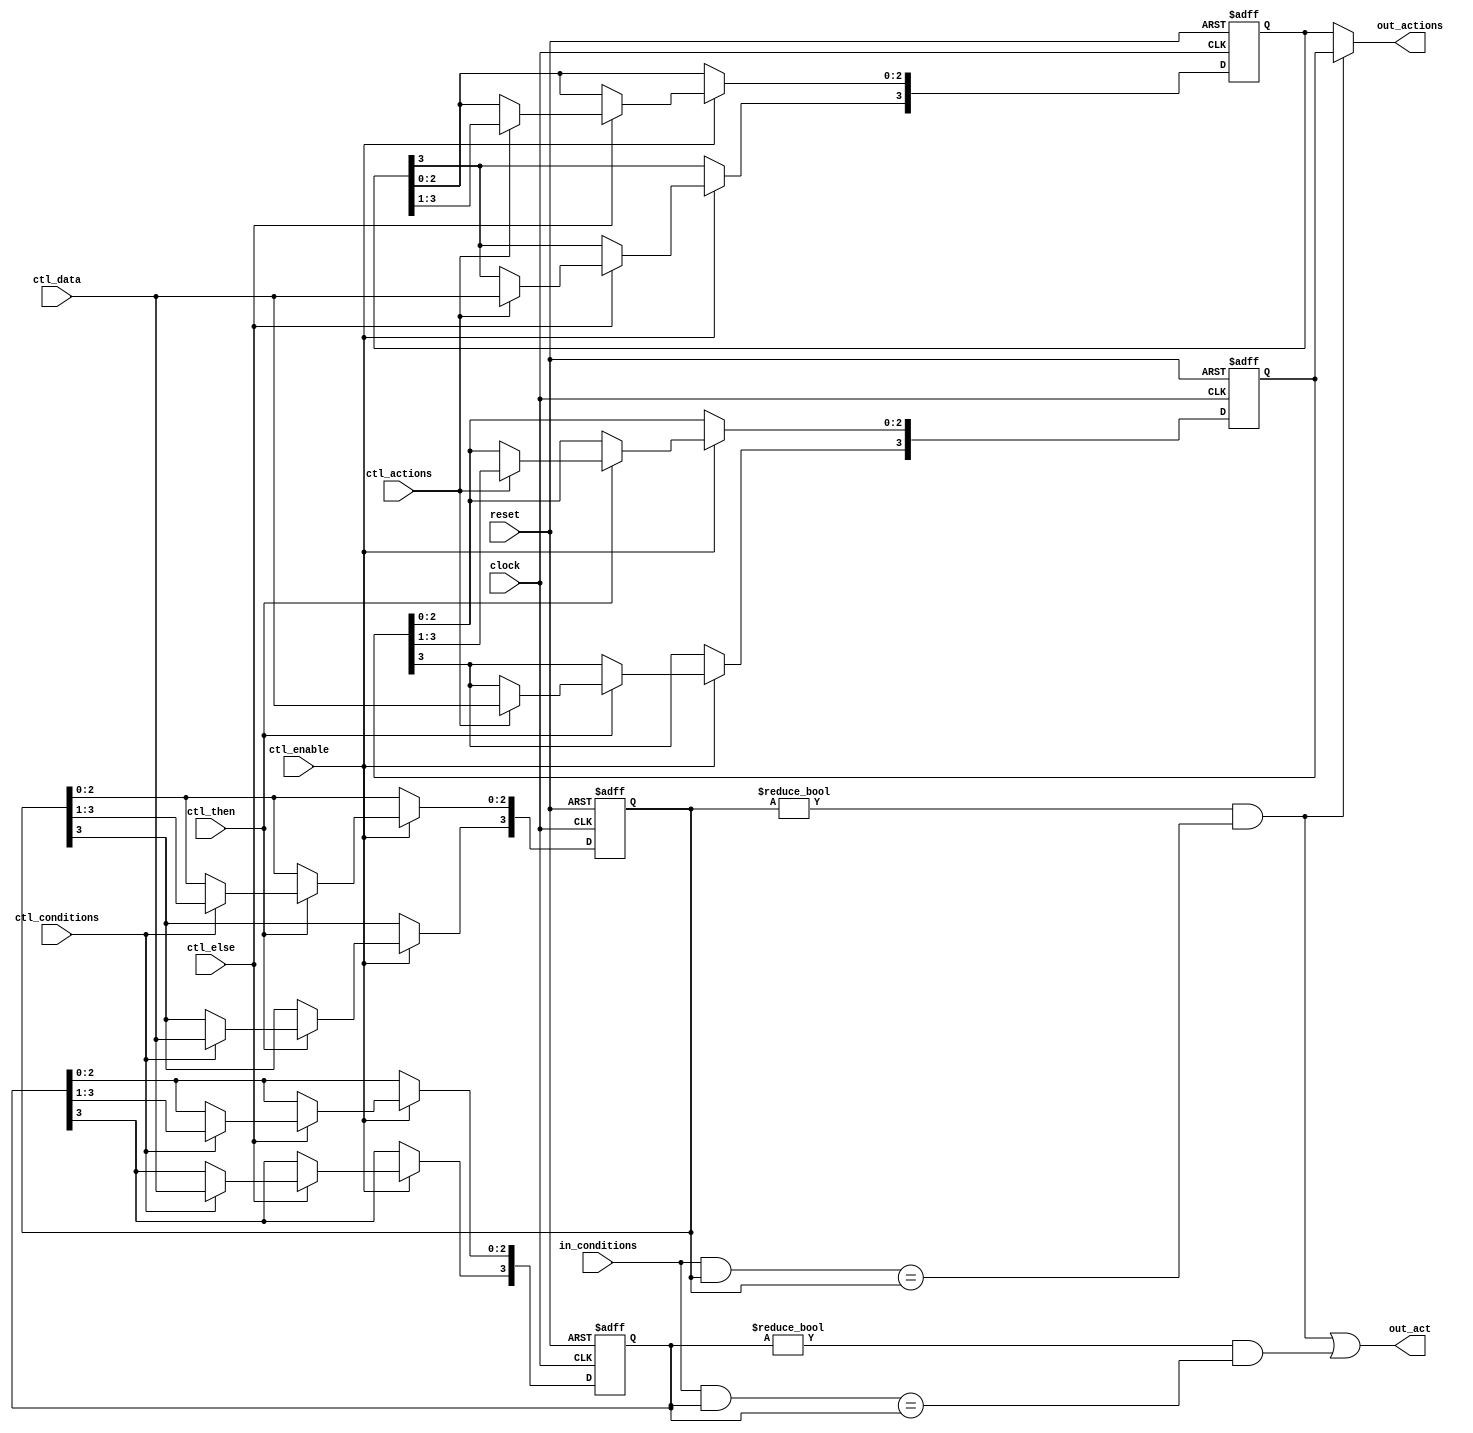

module ola_trigger_state
  (
   /* basic signals */
   reset, clock,

   /* control interface, synchronous */
   ctl_enable,
   ctl_data,
   ctl_then,
   ctl_else,
   ctl_conditions,
   ctl_actions,

   /* condition input, combinatorial */
   in_conditions,

   /* action output, combinatorial */
   out_act,
   out_actions
   );

   /* public parameters */
   parameter condition_width = 4;
   parameter action_width = 4;

   /* basic signals */
   input reset, clock;

   /* control inputs, synchronous */
   input ctl_enable, ctl_data;
   input ctl_then, ctl_else;
   input ctl_conditions, ctl_actions;

   /* condition input, combinatorial */
   input [condition_width-1:0] in_conditions;

   /* action output, combinatorial */
   output                    out_act;
   output [action_width-1:0] out_actions;

   /* condition and action registers */
   reg [condition_width-1:0] r_then_conditions;
   reg [action_width-1:0] 	 r_then_actions;
   reg [condition_width-1:0] r_else_conditions;
   reg [action_width-1:0] 	 r_else_actions;

   /* debug flag: dump state when leaving control mode */
   reg 						 do_dump;

   /* control interface implementation */
   always @(posedge clock or posedge reset)
	 if(reset) begin
		do_dump <= 0;
		r_then_actions <= 0;
		r_then_conditions <= 0;
		r_else_actions <= 0;
		r_else_conditions <= 0;
	 end else begin
		if(ctl_enable) begin
		   if(ctl_then) begin
			  if(ctl_conditions) begin
				 r_then_conditions[condition_width-1] <= ctl_data;
				 r_then_conditions[condition_width-2:0]
				   <= r_then_conditions[condition_width-1:1];
			  end
			  if(ctl_actions) begin
				 r_then_actions[action_width-1] <= ctl_data;
				 r_then_actions[action_width-2:0]
				   <= r_then_actions[action_width-1:1];
			  end
		   end
		   if(ctl_else) begin
			  if(ctl_conditions) begin
				 r_else_conditions[condition_width-1] <= ctl_data;
				 r_else_conditions[condition_width-2:0]
				   <= r_else_conditions[condition_width-1:1];
			  end
			  if(ctl_actions) begin
				 r_else_actions[action_width-1] <= ctl_data;
				 r_else_actions[action_width-2:0]
				   <= r_else_actions[action_width-1:1];
			  end
		   end
		   do_dump <= 1;
		end else begin
		   do_dump <= 0;
		   if(do_dump) begin
			  $display("[%10t] state ta %b tc %b ea %b ec %b",
					   $time,
					   r_then_actions, r_then_conditions,
					   r_else_actions, r_else_conditions);
		   end
		end
	 end

   /* combinatorial analyzer */
   wire then_act
		= (r_then_conditions != 0)
		&& ((in_conditions & r_then_conditions) == r_then_conditions);   
   wire else_act
		= (r_else_conditions != 0)
		&& ((in_conditions & r_else_conditions) == r_else_conditions);
   wire out_act
		= then_act || else_act;
   wire [action_width-1:0] out_actions
		= then_act ? r_then_actions : r_else_actions;
   
endmodule // ola_trigger_state